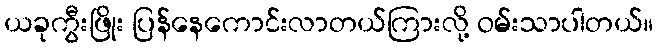
ယခုကွီးဖြိုး ပြန်နေကောင်းလာတယ်ကြားလို့ ဝမ်းသာပါတယ်။